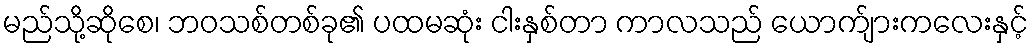
မည်သို့ဆိုစေ၊ ဘဝသစ်တစ်ခု၏ ပထမဆုံး ငါးနှစ်တာ ကာလသည် ယောက်ျားကလေးနှင့်